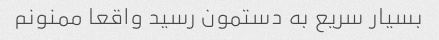
بسیار سریع به دستمون رسید واقعا ممنونم